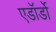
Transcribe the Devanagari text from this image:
एडॉर्डो